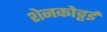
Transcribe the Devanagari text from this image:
शेनकोट्टई